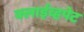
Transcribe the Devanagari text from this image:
क्लाईव्हपेट